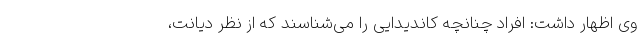
وی اظهار داشت: افراد چنانچه کاندیدایی را می‌شناسند که از نظر دیانت،